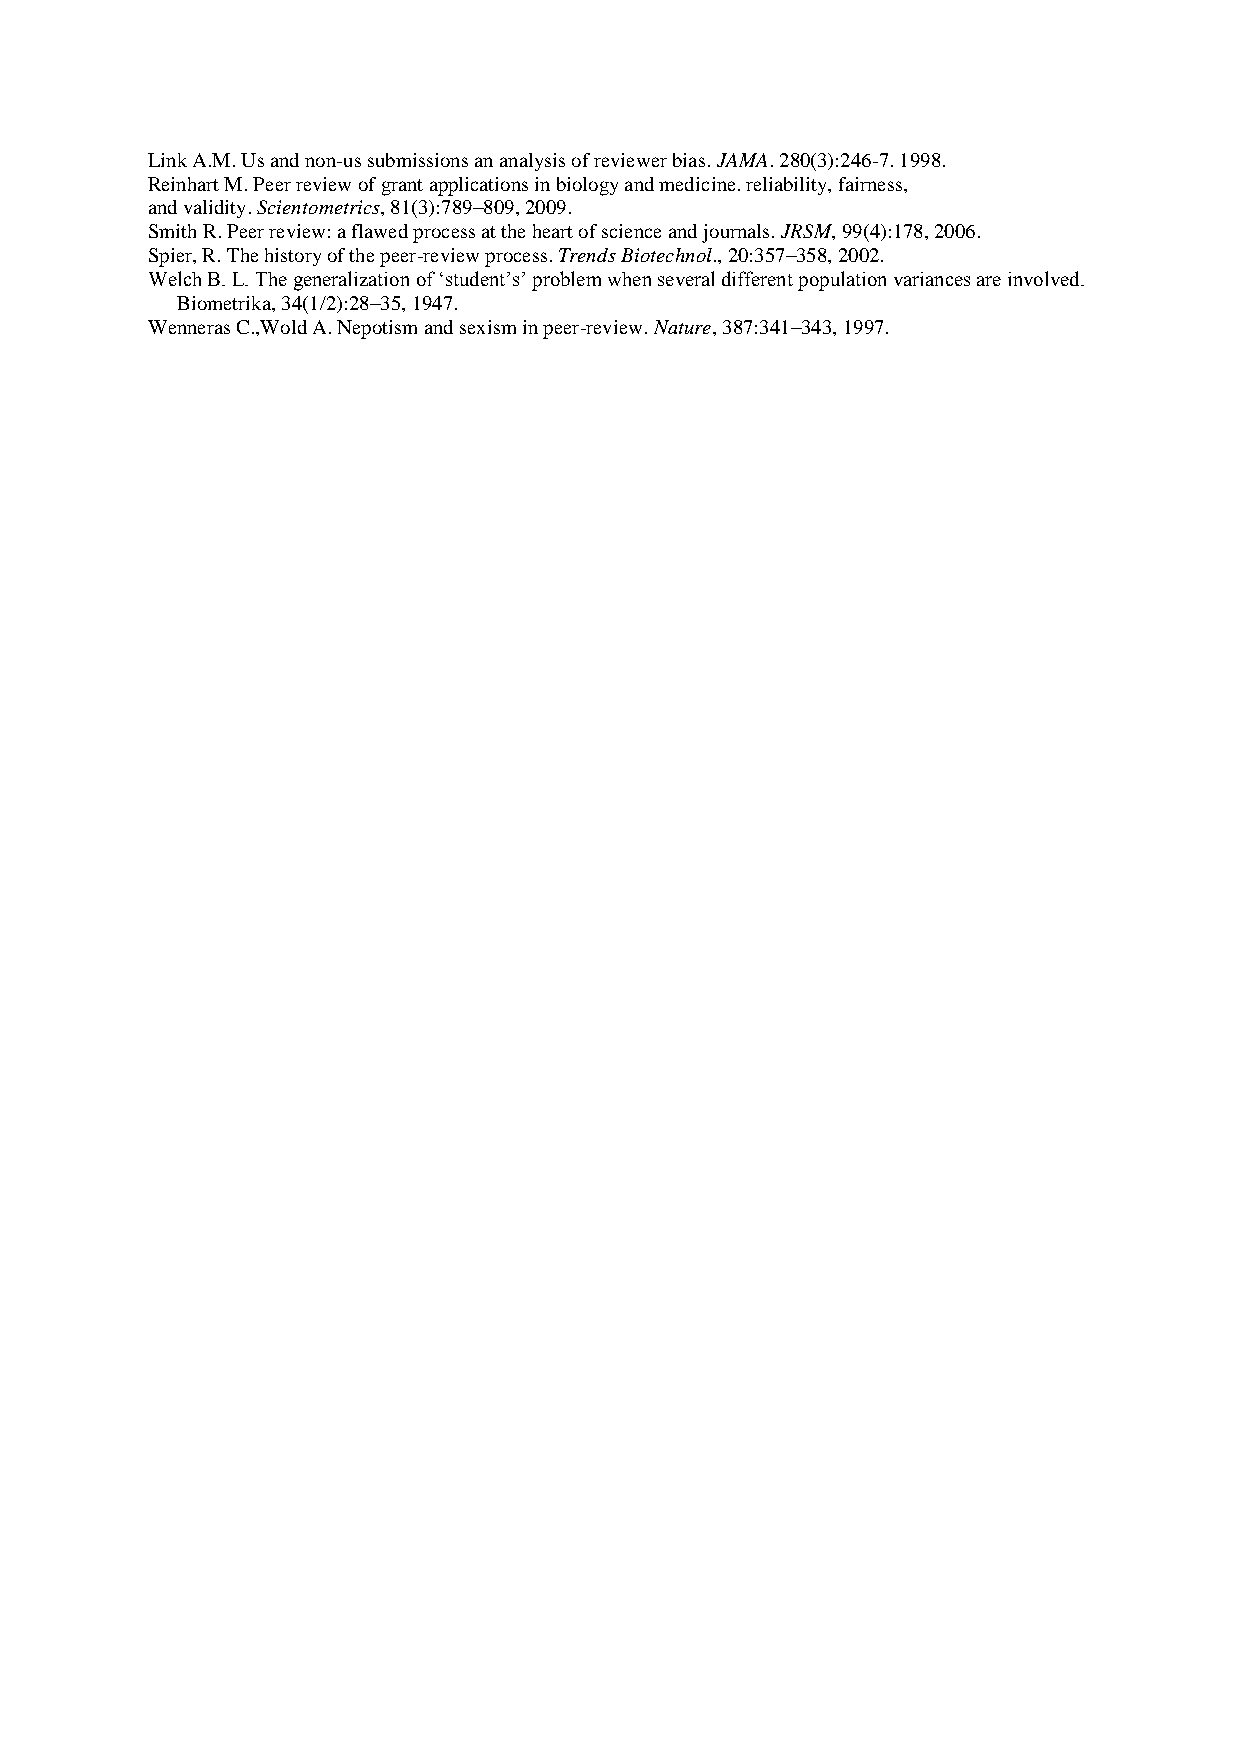
Link A.M. Us and non-us submissions an analysis of reviewer bias. JAMA. 280(3):246-7. 1998.
 Reinhart M. Peer review of grant applications in biology and medicine. reliability, fairness,
 and validity. Scientometrics, 81(3):789–809, 2009.
 Smith R. Peer review: a flawed process at the heart of science and journals. JRSM, 99(4):178, 2006.
 Spier, R. The history of the peer-review process. Trends Biotechnol., 20:357–358, 2002.
 Welch B. L. The generalization of „student‟s‟ problem when several different population variances are involved.
 Biometrika, 34(1/2):28–35, 1947.
 Wenneras C.,Wold A. Nepotism and sexism in peer-review. Nature, 387:341–343, 1997.